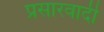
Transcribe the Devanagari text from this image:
प्रसारवादी